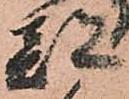
都